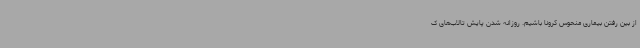
از بین رفتن بیماری منحوس کرونا باشیم. روزانه شدن پایش تالاب‌های ک